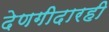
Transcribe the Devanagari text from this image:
देणगीदारही